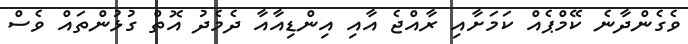
ވެގެންދާނެ ކޭމްޕެއް ކަމަށާއި ރާއްޖެ އާއި އިންޑިއާއާ ދެމެދު އޮތް ގުޅުންތައް ވެސް